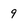
Character: 9